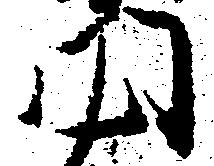
門